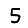
Digit: 5